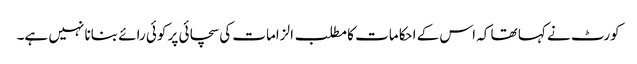
کورٹ نے کہا تھا کہ اس کے احکامات کا مطلب الزامات کی سچائی پر کوئی رائے بنانا نہیں ہے۔